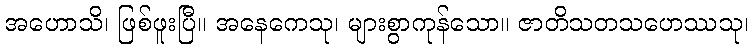
အဟောသိ၊ ဖြစ်ဖူးပြီ။ အနေကေသု၊ များစွာကုန်သော။ ဇာတိသတသဟေဿသု၊